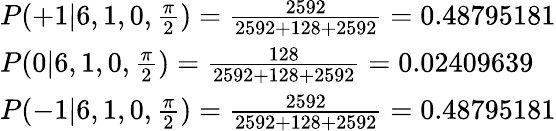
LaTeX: \begin{array}{ll}{P(+1|6,1,0,\frac{\pi}{2})=\frac{2592}{2592+128+2592}=0.48795181}\\ {P(0|6,1,0,\frac{\pi}{2})=\frac{128}{2592+128+2592}=0.02409639}\\ {P(-1|6,1,0,\frac{\pi}{2})=\frac{2592}{2592+128+2592}=0.48795181}\end{array}